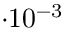
\cdot 1 0 ^ { - 3 }